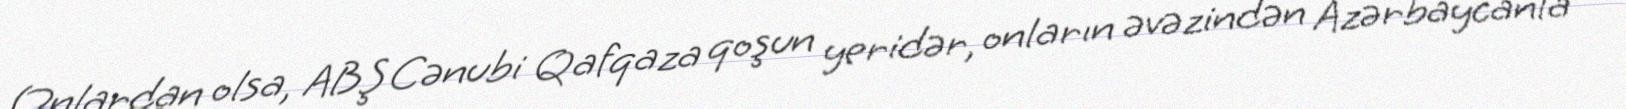
Onlardan olsa, ABŞ Cənubi Qafqaza qoşun yeridər, onların əvəzindən Azərbaycanla